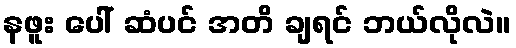
နဖူး ပေါ် ဆံပင် အတိ ချရင် ဘယ်လိုလဲ။